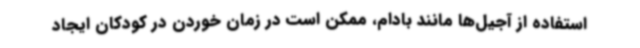
استفاده از آجیل‌ها مانند بادام، ممکن است در زمان خوردن در کودکان ایجاد